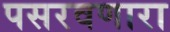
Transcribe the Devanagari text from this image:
पसरवणारा